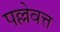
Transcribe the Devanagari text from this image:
पल्लेवत्त